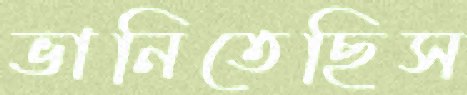
ভানিতেছিস